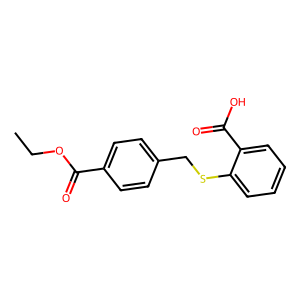
SMILES: CCOC(=O)c1ccc(CSc2ccccc2C(=O)O)cc1
Inhibits HIV replication: No